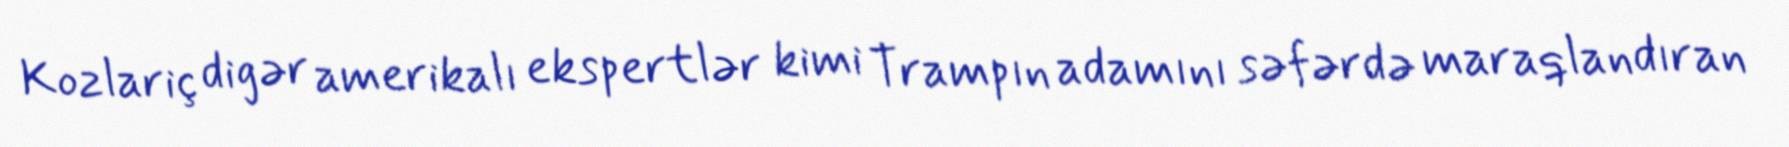
Kozlariç digər amerikalı ekspertlər kimi Trampın adamını səfərdə maraqlandıran